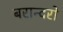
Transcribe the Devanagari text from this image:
बरान्दरो